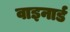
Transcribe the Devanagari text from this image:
वाइनार्ड